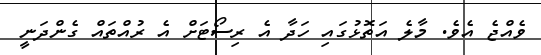
ވެއްޖެ އެވެ. މާލެ އަތޮޅުގައި ހަދާ އެ ރިސޯޓަށް އެ ރުއްތައް ގެންދަނީ